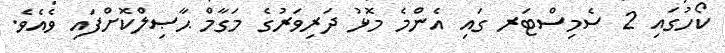
ކޯހުގައި 2 ސެމިސްޓަރ ގައި އެންމެ މޮޅު ދަރިވަރުގެ މަގާމް ޙާޞިލްކޮށްފައި ވެއެވެ.